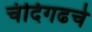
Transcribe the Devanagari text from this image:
चंदिगढचे